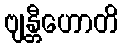
ဗျန္တီဟောတိ